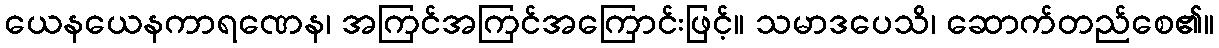
ယေနယေနကာရဏေန၊ အကြင်အကြင်အကြောင်းဖြင့်။ သမာဒပေသိ၊ ဆောက်တည်စေ၏။